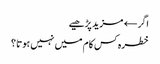
اگر← مزید پڑھیے
خطرہ کس کام میں نہیں ہوتا ؟